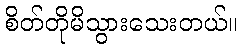
စိတ်တိုမိသွားသေးတယ်။